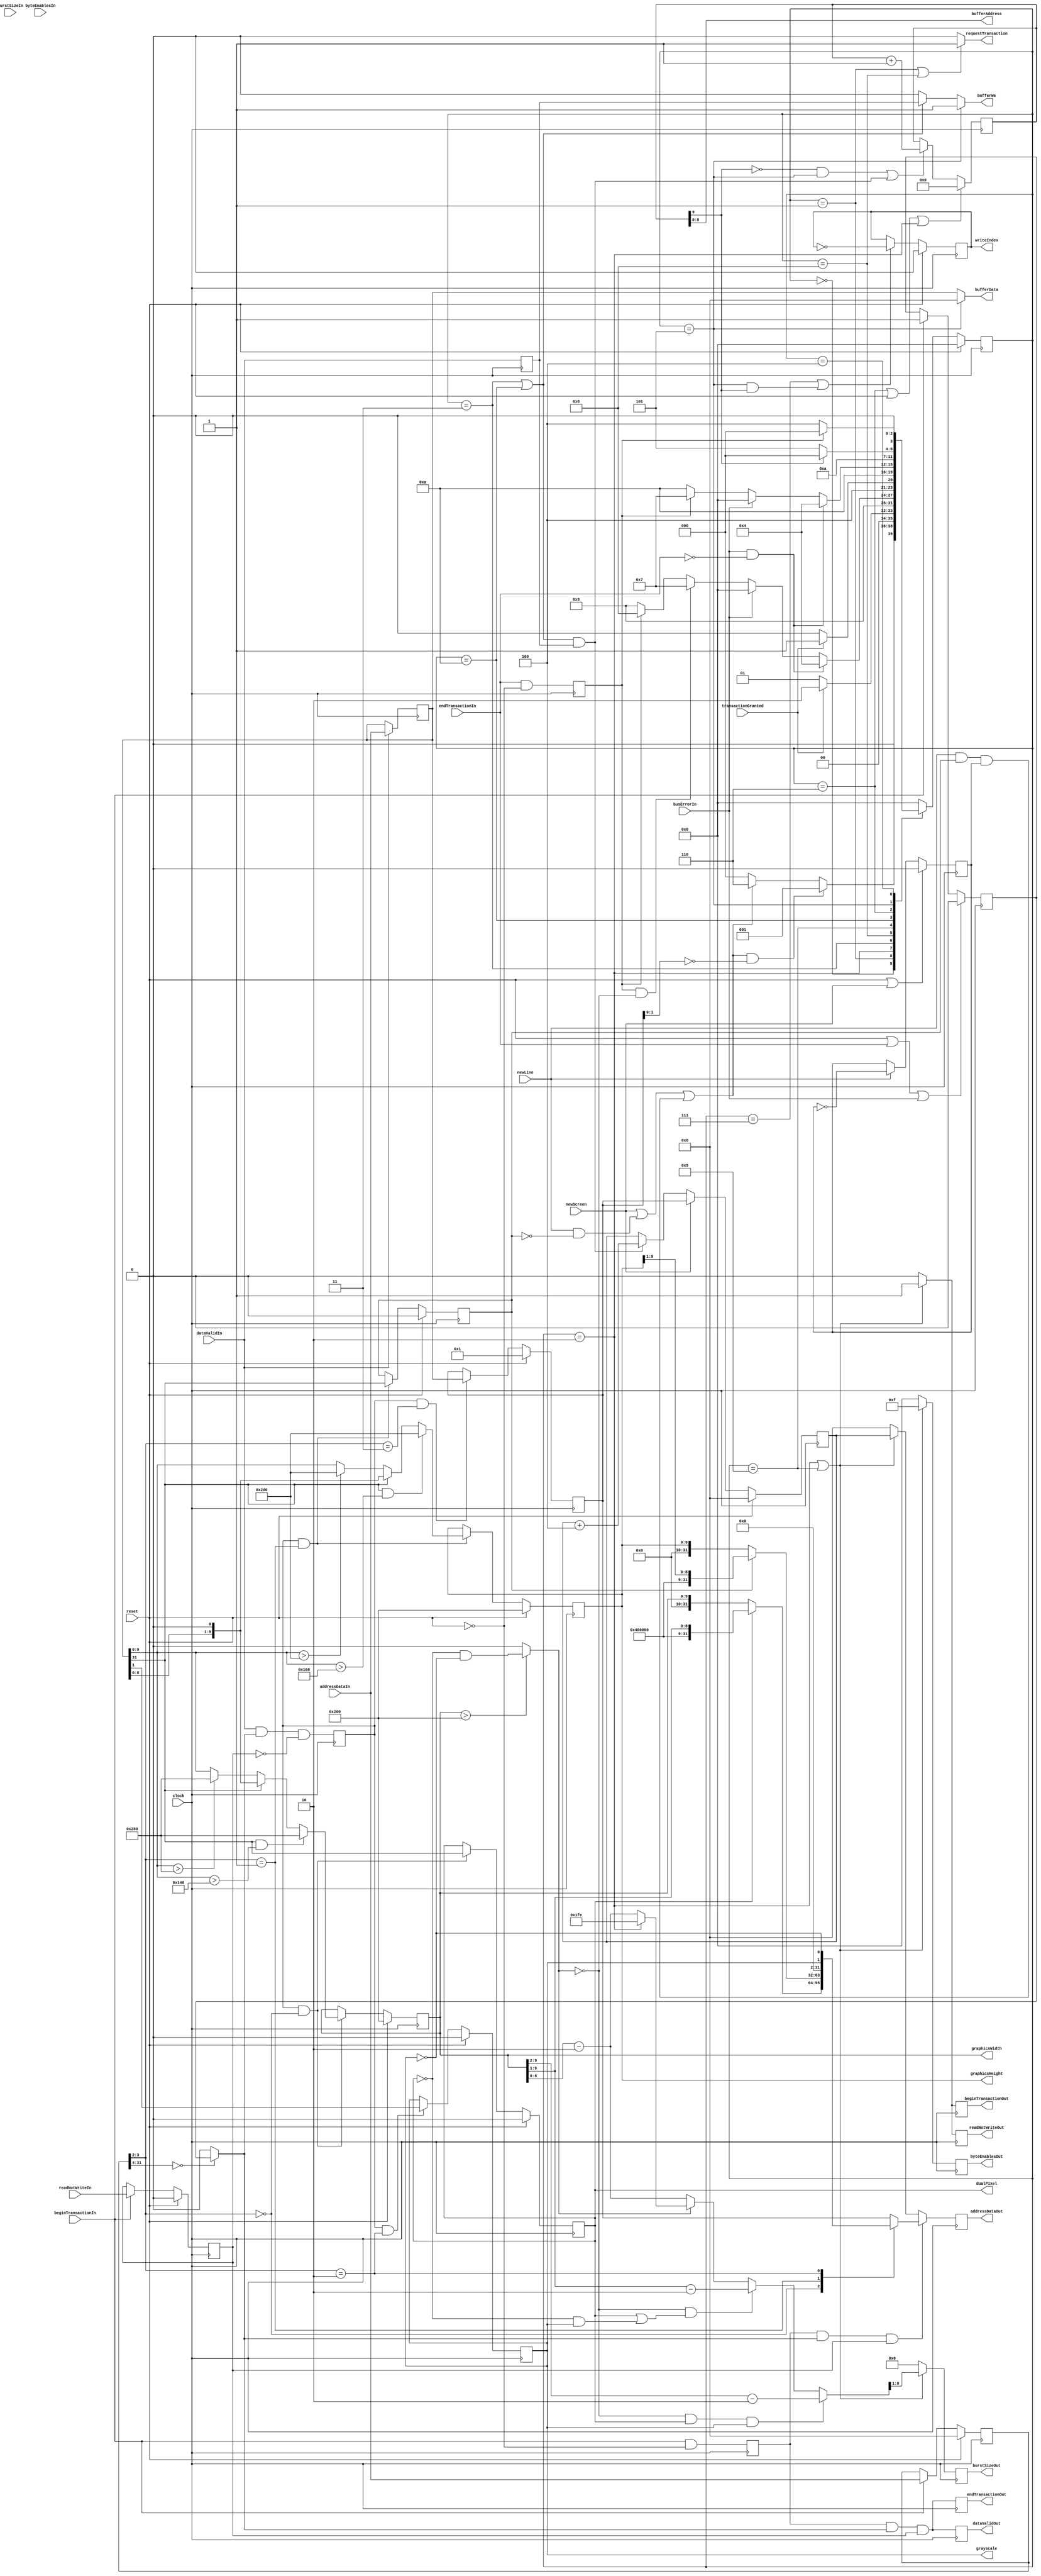
module graphicsController #( parameter [31:0] baseAddress = 32'h00000000) // maximum height supported is 720
                          ( input wire         clock,
                                               reset,
                            
                            output wire [9:0]  graphicsWidth,
                            output wire [9:0]  graphicsHeight,
                            // here we define the interface to the pixel buffer
                            input wire         newScreen,
                                               newLine,
                            output wire        bufferWe,
                            output wire [8:0]  bufferAddress,
                            output wire [31:0] bufferData,
                            output wire        writeIndex,
                            output wire        dualPixel,
                                               grayscale,

                            // here the bus interface is defined
                            output wire        requestTransaction,
                            input wire         transactionGranted,
                            input wire         beginTransactionIn,
                                               endTransactionIn,
                                               readNotWriteIn,
                                               dataValidIn,
                                               busErrorIn,
                            input wire [31:0]  addressDataIn,
                            input wire [3:0]   byteEnablesIn,
                            input wire [7:0]   burstSizeIn,
                            output wire        beginTransactionOut,
                                               endTransactionOut,
                                               dataValidOut,
                            output reg         readNotWriteOut,
                            output reg [3:0]   byteEnablesOut,
                            output reg [7:0]   burstSizeOut,
                            output wire [31:0] addressDataOut);
  /*
   * This module implements a memory mapped slave that has following memory map (baseAddress+):
   * 0 -> The width of the graphic area (read-write) (maximum value is 640) (1<<31 gives double pixel, here maximum value 320)
   * 4 -> The height of the graphic area (read-write) (maximum value is 720) (1<<31 gives double line, here maximum value 360)
   * 8 -> The color mode: 1 for RGB565 16 bits/pixel (default), 2 for grayscale 8bits/pixel
   * C -> The start address of the frame/pixel buffer (read-write). It needs to be word-alligned
   *      (bits 1,0 need to be 0) otherwise the module is disabled. The graphic screen will be
   *      black if the modules is disabled.
   * 
   * Furthermore, it provides a DMA-master that reads the pixels from the bus if the modules is
   * enabled.
   *
   */
  
  localparam [3:0] IDLE = 4'd0, REQUEST = 4'd1, INIT = 4'd2, READ = 4'd3, ERROR = 4'd4, WRITE_BLACK = 4'd5, INIT_WRITE_BLACK = 4'd6, READ_DONE = 4'd7, REQUEST1 = 4'd8, INIT1 = 4'd9, READ1 = 4'd10;

  /*
   *
   * Here we define the bus slave part
   *
   */
  reg [31:0] s_busAddressReg, s_graphicBaseAddressReg, s_currentPixelAddressReg;
  reg [31:0] s_busDataInReg, s_busDataOutReg;
  reg [31:0] s_selectedData;
  reg [3:0]  s_dmaState, s_dmaStateNext;
  reg [9:0]  s_graphicsWidthReg;
  reg [9:0]  s_graphicsHeightReg;
  reg        s_startTransactionReg, s_transactionActiveReg, s_busDataInValidReg, s_readNotWriteReg;
  reg        s_endTransactionReg, s_dataValidOutReg, s_startTransactionOutReg, s_writeRegisterReg, s_endTransactionInReg;
  reg        s_dualLineReg, s_dualPixelReg, s_grayScaleReg;
  wire       s_isMyTransaction = (s_busAddressReg[31:4] == baseAddress[31:4]) ? s_transactionActiveReg : 1'b0;
  wire [9:0] s_graphicsWidth = (s_busDataInReg[31] == 1'b1 && s_busDataInReg[9:0] > 10'd320) ? 10'd640 :
                               (s_busDataInReg[31] == 1'b1) ? {s_busDataInReg[8:0], 1'b0} :
                               (s_busDataInReg[9:0] > 10'd640) ? 10'd640 : s_busDataInReg[9:0];
  wire [9:0] s_graphicsHeight = (s_busDataInReg[31] == 1'b1 && s_busDataInReg[9:0] > 10'd360) ? 10'd720 :
                                (s_busDataInReg[31] == 1'b1) ? {s_busDataInReg[8:0],1'b0} :
                                (s_busDataInReg[9:0] > 10'd720) ? 10'd720 : s_busDataInReg[9:0];
  wire       s_dualBurst = (s_graphicsWidthReg[9:0] > 10'd512) ? ~s_dualPixelReg & ~s_grayScaleReg : 1'b0;
  wire [9:0] s_burstSize = (s_dualBurst == 1'b0 && s_dualPixelReg == 1'b1 && s_grayScaleReg == 1'b1) ? {2'b0, s_graphicsWidthReg[9:2]} - 10'd2 :
                           (s_dualBurst == 1'b0 && (s_dualPixelReg == 1'b1 || (s_dualPixelReg == 1'b0 && s_grayScaleReg == 1'b1))) ? {1'b0, s_graphicsWidthReg[9:1]} - 10'd2 :
                           (s_dualBurst == 1'b0) ? s_graphicsWidthReg[9:0] - 10'd2 :
                           (s_dmaState == INIT) ? 10'd510 : s_graphicsWidthReg[9:0] - 10'd514;
  
  assign dualPixel = s_dualPixelReg;
  assign grayscale = s_grayScaleReg;
  
  always @*
    case (s_busAddressReg[3:2])
      2'd0    : s_selectedData <= (s_dualPixelReg == 1'b0) ? {22'd0, s_graphicsWidthReg} : {s_dualPixelReg,22'd0, s_graphicsWidthReg[9:1]};
      2'd1    : s_selectedData <= (s_dualLineReg == 1'b0) ? {22'd0, s_graphicsHeightReg} : {s_dualLineReg,22'd0, s_graphicsHeightReg[9:1]};
      2'd2    : s_selectedData <= {30'd0,s_grayScaleReg,~s_grayScaleReg};
      default : s_selectedData <= s_graphicBaseAddressReg;
    endcase
  
  always @(posedge clock)
    begin
      s_busAddressReg         <= (reset == 1'b1) ? 32'd0 : (beginTransactionIn == 1'b1) ? addressDataIn : s_busAddressReg;
      s_readNotWriteReg       <= (reset == 1'b1) ? 1'd0 : (beginTransactionIn == 1'b1) ? readNotWriteIn : s_readNotWriteReg;
      s_startTransactionReg   <= beginTransactionIn & ~reset;
      s_transactionActiveReg  <= (reset == 1'b1 || endTransactionIn == 1'b1 || busErrorIn == 1'b1) ? 1'b0 : 
                                 (beginTransactionIn == 1'b1) ? 1'b1 : s_transactionActiveReg;
      s_busDataInReg          <= (dataValidIn == 1'b1) ? addressDataIn : s_busDataInReg;
      s_busDataInValidReg     <= dataValidIn;
      s_writeRegisterReg      <= dataValidIn & s_isMyTransaction & ~s_readNotWriteReg;
      s_graphicBaseAddressReg <= (reset == 1'b1) ? 32'd1 : 
                                 (s_writeRegisterReg == 1'b1 && s_busAddressReg[3:2] == 2'b11) ? s_busDataInReg : s_graphicBaseAddressReg;
      s_graphicsWidthReg      <= (reset == 1'b1) ? 10'd512 :
                                 (s_writeRegisterReg == 1'b1 && s_busAddressReg[3:2] == 2'b00) ? s_graphicsWidth : s_graphicsWidthReg;
      s_dualPixelReg          <= (reset == 1'b1) ? 1'b0 : 
                                 (s_writeRegisterReg == 1'b1 && s_busAddressReg[3:2] == 2'b00) ? s_busDataInReg[31] : s_dualPixelReg;
      s_grayScaleReg          <= (reset == 1'b1) ? 1'b0 :
                                 (s_writeRegisterReg == 1'b1 && s_busAddressReg[3:2] == 2'b10) ? s_busDataInReg[1] : s_grayScaleReg;
      s_graphicsHeightReg     <= (reset == 1'b1) ? 10'd512 :
                                 (s_writeRegisterReg == 1'b1 && s_busAddressReg[3:2] == 2'b01) ? s_graphicsHeight : s_graphicsHeightReg;
      s_dualLineReg           <= (reset == 1'b1) ? 1'b0 :
                                 (s_writeRegisterReg == 1'b1 && s_busAddressReg[3:2] == 2'b01) ? s_busDataInReg[31] : s_dualLineReg;
      s_endTransactionReg     <= s_startTransactionReg & s_isMyTransaction & s_readNotWriteReg;
      s_dataValidOutReg       <= s_startTransactionReg & s_isMyTransaction & s_readNotWriteReg;
      s_busDataOutReg         <= (s_startTransactionReg == 1'b1 && s_isMyTransaction == 1'b1 && s_readNotWriteReg == 1'b1) ? s_selectedData :
                                 (s_dmaState == INIT || s_dmaState == INIT1) ? s_currentPixelAddressReg : 32'd0;
      s_startTransactionOutReg<= (s_dmaState == INIT || s_dmaState == INIT1) ? 1'b1 : 1'b0;
      byteEnablesOut          <= (s_dmaState == INIT || s_dmaState == INIT1) ? 4'hF : 4'd0;
      readNotWriteOut         <= (s_dmaState == INIT || s_dmaState == INIT1) ? 1'b1 : 1'b0;
      burstSizeOut            <= (s_dmaState == INIT || s_dmaState == INIT1) ? s_burstSize[8:1] : 8'd0;
      s_endTransactionInReg   <= endTransactionIn & ~reset;
    end
  
  assign endTransactionOut   = s_endTransactionReg;
  assign dataValidOut        = s_dataValidOutReg;
  assign addressDataOut      = s_busDataOutReg;
  assign beginTransactionOut = s_startTransactionOutReg;
  assign graphicsWidth       = s_graphicsWidthReg;
  assign graphicsHeight      = s_graphicsHeightReg;

  /*
   *
   * Here the dma-controller is defined
   *
   */

  reg [9:0] s_writeAddressReg;
  reg       s_writeIndexReg;
  reg       s_lineCountReg;
  wire      s_requestData = newScreen | (newLine & ~s_dualLineReg) | (newLine & s_dualLineReg & s_lineCountReg);
  
  assign requestTransaction = (s_dmaState == REQUEST || s_dmaState == REQUEST1) ? 1'd1 : 1'd0;
  assign bufferData         = (s_dmaState == WRITE_BLACK) ? 32'd0 : s_busDataInReg;
  assign bufferAddress      = s_writeAddressReg[8:0];
  assign bufferWe           = (s_dmaState == WRITE_BLACK) ? 1'd1 : 
                              (s_dmaState == READ || s_dmaState == READ1) ? s_busDataInValidReg : 1'd0;
  assign writeIndex         = s_writeIndexReg;

  always @*
    case (s_dmaState)
      IDLE             : s_dmaStateNext <= (s_requestData == 1'b1 && s_graphicBaseAddressReg[1:0] == 2'd0) ? REQUEST :
                                           (s_requestData == 1'b1) ? INIT_WRITE_BLACK : IDLE;
      REQUEST          : s_dmaStateNext <= (transactionGranted == 1'b1) ? INIT : REQUEST;
      INIT             : s_dmaStateNext <= READ;
      READ             : s_dmaStateNext <= (busErrorIn == 1'b1 && endTransactionIn == 1'b0) ? ERROR :
                                           (busErrorIn == 1'b1) ? IDLE : 
                                           (s_endTransactionInReg == 1'b1 && s_dualBurst == 1'b0) ? READ_DONE :
                                           (s_endTransactionInReg == 1'b1) ? REQUEST1 : READ;
      REQUEST1         : s_dmaStateNext <= (transactionGranted == 1'b1) ? INIT1 : REQUEST1;
      INIT1            : s_dmaStateNext <= READ1;
      READ1            : s_dmaStateNext <= (busErrorIn == 1'b1 && endTransactionIn == 1'b0) ? ERROR :
                                           (busErrorIn == 1'b1) ? IDLE : 
                                           (s_endTransactionInReg == 1'b1) ? READ_DONE : READ1;
      INIT_WRITE_BLACK : s_dmaStateNext <= WRITE_BLACK;
      WRITE_BLACK      : s_dmaStateNext <= (s_writeAddressReg[9] == 1'b1) ? IDLE : WRITE_BLACK;
      ERROR            : s_dmaStateNext <= (s_endTransactionInReg == 1'b1) ? IDLE : ERROR;
      default          : s_dmaStateNext <= IDLE;
    endcase
  
  always @(posedge clock)
    begin
      s_lineCountReg           <= (reset == 1'd1 || newScreen == 1'd1) ? 1'd0 : (newLine == 1'd1) ? ~s_lineCountReg : s_lineCountReg;
      s_writeIndexReg          <= (reset == 1'd1) ? 1'b0 : (s_dmaState == READ_DONE || (s_dmaState == WRITE_BLACK && s_writeAddressReg[9] == 1'b1)) ? ~s_writeIndexReg : s_writeIndexReg;
      s_dmaState               <= (reset == 1'd1) ? IDLE : s_dmaStateNext;
      s_writeAddressReg        <= (s_dmaState == INIT_WRITE_BLACK || reset == 1'd1 || s_dmaState == INIT) ? 10'd0 : 
                                  ((s_writeAddressReg[9] == 1'd0 && s_dmaState == WRITE_BLACK) ||
                                   ((s_dmaState == READ || s_dmaState == READ1) && s_busDataInValidReg == 1'd1)) ? s_writeAddressReg + 10'd1 : s_writeAddressReg;
      s_currentPixelAddressReg <= (reset == 1'b1) ? 32'd0 :
                                  (newScreen == 1'b1) ? s_graphicBaseAddressReg :
                                  (s_busDataInValidReg == 1'b1 && (s_dmaState == READ || s_dmaState == READ1)) ? s_currentPixelAddressReg + 32'd4 : s_currentPixelAddressReg;
    end
endmodule